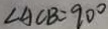
\angle A C B = 9 0 ^ { \circ }